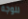
للوجه